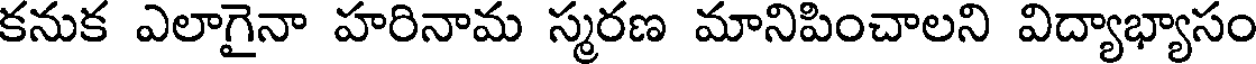
కనుక ఎలాగైనా హరినామ స్మరణ మానిపించాలని విద్యాభ్యాసం